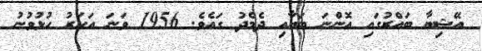
އޭޝިޔާ ބައްރުގައި އޮންނަ ބަޔާއި ދެމެދު ގައެވެ. 1956 ވަނަ އަހަރު ހުޅުވުނު